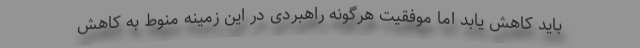
باید کاهش یابد اما موفقیت هرگونه راهبردی در این زمینه منوط به کاهش